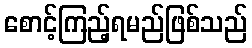
စောင့်ကြည့်ရမည်ဖြစ်သည်